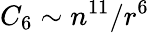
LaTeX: C_{6}\sim n^{11}/r^{6}